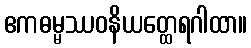
ဧကဓမ္မဿဝနိယတ္ထေရဂါထာ။